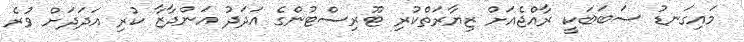
މައިގަނޑު ސަބަބަކީ ރާއްޖެއަށް ޒިޔާރަތްކުރި ޓޫރިސްޓުންގެ އަދަދު އަންދާޒާ ކުރި އަދަދަށް ވުރެ